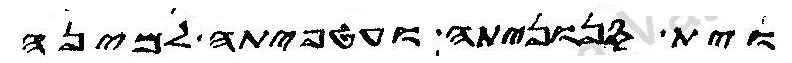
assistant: וית סנוניתה ועטפיתה למינה